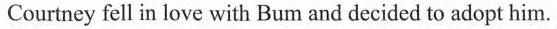
Courtneyfell in love with Bum and decided to adopt him.